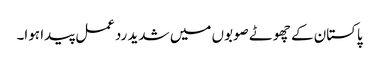
پاکستان کے چھوٹے صوبوں میں شدید ردعمل پیدا ہوا۔